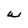
Character: W